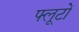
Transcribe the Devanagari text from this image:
फ्लूटों